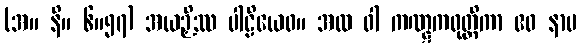
(အ။ နိ။ ၆။၅၇) အယဉှိဿ ပါဠိယေဝ။ အထ ဝါ ကဏ္ဋကဝုတ္တိကာ ဧဝ နာမ